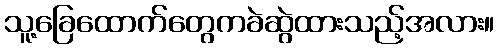
သူ့ခြေထောက်တွေကခဲဆွဲထားသည့်အလား။